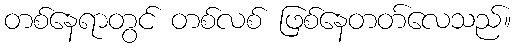
တစ်နေရာတွင် တစ်လစ် ဖြစ်နေတတ်လေသည်။